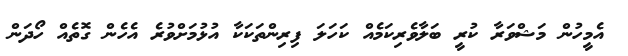
އެމީހުން މަޝްވަރާ ކުރީ ބަލާވެރިކަމެއް ކަހަލަ ފިރިންތަކަކާ އުޅުމަށްވުރެ އެހެން ގޮތެއް ހޯދަން